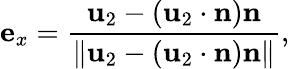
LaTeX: \mathbf{e}_{x}=\frac{\mathbf{u}_{2}-(\mathbf{u}_{2}\cdot\mathbf{n})\mathbf{n}}{\left\| \mathbf{u}_{2}-(\mathbf{u}_{2}\cdot\mathbf{n})\mathbf{n}\right\| },